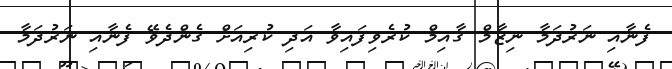
ފެނާއި ނަރުދަމާ ނިޒާމް ޤާއިމް ކުރެވިފައިވާ އަދި ކުރިއަށް ގެންދެވޭ ފެނާއި ނަރުދަމާ